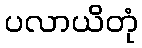
ပလာယိတုံ